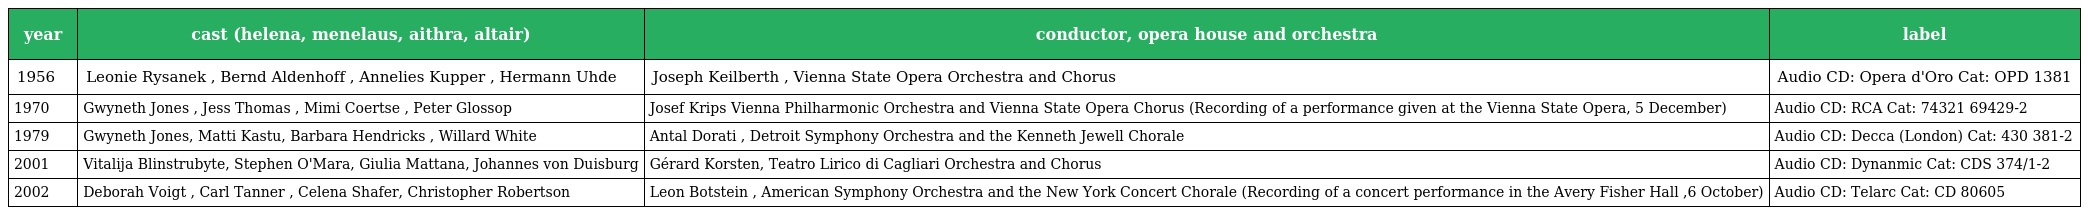
| year | cast (helena, menelaus, aithra, altair) | conductor, opera house and orchestra | label |
 | --- | --- | --- | --- |
 | 1956 | Leonie Rysanek , Bernd Aldenhoff , Annelies Kupper , Hermann Uhde | Joseph Keilberth , Vienna State Opera Orchestra and Chorus | Audio CD: Opera d'Oro Cat: OPD 1381 |
 | 1970 | Gwyneth Jones , Jess Thomas , Mimi Coertse , Peter Glossop | Josef Krips Vienna Philharmonic Orchestra and Vienna State Opera Chorus (Recording of a performance given at the Vienna State Opera, 5 December) | Audio CD: RCA Cat: 74321 69429-2 |
 | 1979 | Gwyneth Jones, Matti Kastu, Barbara Hendricks , Willard White | Antal Dorati , Detroit Symphony Orchestra and the Kenneth Jewell Chorale | Audio CD: Decca (London) Cat: 430 381-2 |
 | 2001 | Vitalija Blinstrubyte, Stephen O'Mara, Giulia Mattana, Johannes von Duisburg | Gérard Korsten, Teatro Lirico di Cagliari Orchestra and Chorus | Audio CD: Dynanmic Cat: CDS 374/1-2 |
 | 2002 | Deborah Voigt , Carl Tanner , Celena Shafer, Christopher Robertson | Leon Botstein , American Symphony Orchestra and the New York Concert Chorale (Recording of a concert performance in the Avery Fisher Hall ,6 October) | Audio CD: Telarc Cat: CD 80605 |